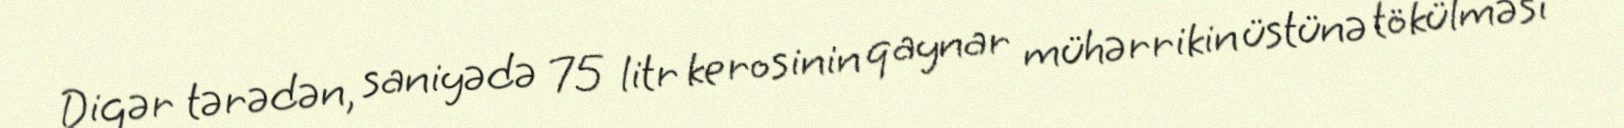
Digər tərədən, saniyədə 75 litr kerosinin qaynar mühərrikin üstünə tökülməsi